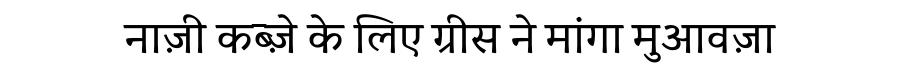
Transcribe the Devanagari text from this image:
नाज़ी कब्ज़े के लिए ग्रीस ने मांगा मुआवज़ा